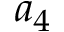
a _ { 4 }